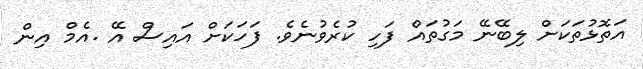
އަތޮޅުތަކަށް ލިބޭނޭ މަގުތައް ފަހި ކުރެވުނެވެ. ފަހަކަށް އައިސް އޭ .އެމް އިން